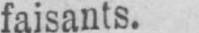
faisants.